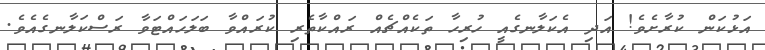
އަޅުކަން ކުރާށެވެ! އަދި އެކަލާނގެއީ ހުރިހާ ތަކެއްޗެއް ރައްކާތެރި ކުރައްވާ ބަލަހައްޓަވާ ރަސްކަލާނގެއެވެ.